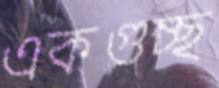
একগুচ্ছ